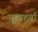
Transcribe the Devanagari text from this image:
सुखहर्ता